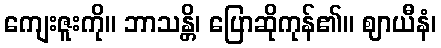
ကျေးဇူးကို။ ဘာသန္တိ၊ ပြောဆိုကုန်၏။ ဈာယီနံ၊